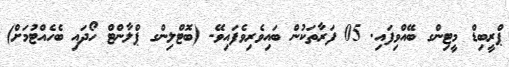
ޕްރީބިޑް މީޓިންގ ބޭއްވިފައި. 05 ފަރާތަކުން ބައިވެރިވެފައިވޭ- (ބޮޓްލިންގ ޕްލާންޓް ހޯދައި ބެހެއްޓުމަށް)